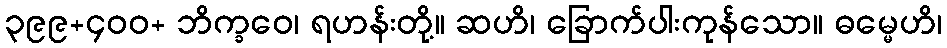
၃၉၉+၄၀၀+ ဘိက္ခဝေ၊ ရဟန်းတို့။ ဆဟိ၊ ခြောက်ပါးကုန်သော။ ဓမ္မေဟိ၊